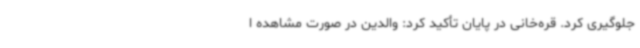
جلوگیری کرد. قره‌خانی در پایان تأکید کرد: والدین در صورت مشاهده ا